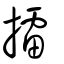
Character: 擂